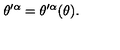
\theta ^ { \prime \alpha } = \theta ^ { \prime \alpha } ( \theta ) .